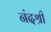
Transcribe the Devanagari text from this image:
नंदश्री